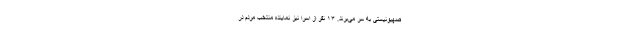
صهیونیستی به سر می‌برند. ۱۳ نفر از اسرا نیز نماینده منتخب مردم در